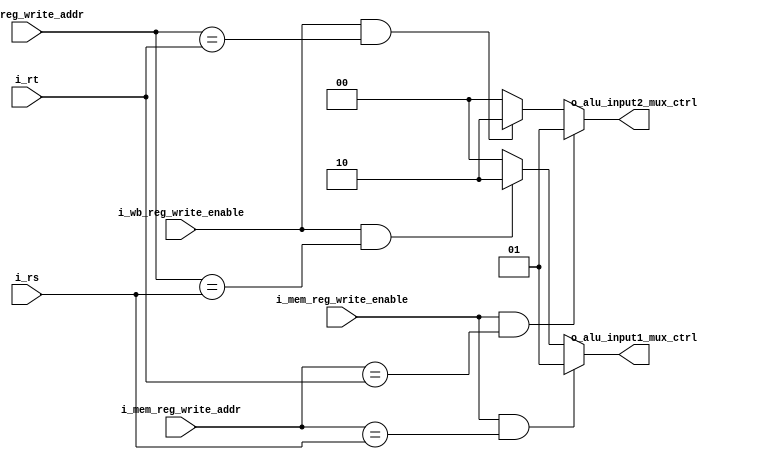
`timescale 1ns / 1ps
//////////////////////////////////////////////////////////////////////////////////
// Company: 
// Engineer: 
// 
// Design Name: 
// Module Name: forward_unit
// Project Name: 
// Target Devices: 
// Tool Versions: 
// Description: 
// 
// Dependencies: 
// 
// Revision:
// Revision 0.01 - File Created
// Additional Comments:
// 
//////////////////////////////////////////////////////////////////////////////////


module forward_unit (
    input wire i_mem_reg_write_enable,
    input wire i_wb_reg_write_enable,
    input wire [4:0] i_mem_reg_write_addr,
    input wire [4:0] i_wb_reg_write_addr,
    input wire [4:0] i_rs,
    input wire [4:0] i_rt,

    output wire [1:0] o_alu_input1_mux_ctrl,
    output wire [1:0] o_alu_input2_mux_ctrl
);
  assign o_alu_input1_mux_ctrl =
    (i_mem_reg_write_enable && i_mem_reg_write_addr == i_rs) ? 2'b01 :
    (i_wb_reg_write_enable && i_wb_reg_write_addr == i_rs) ? 2'b10 :
    2'b00;

  assign o_alu_input2_mux_ctrl =
    (i_mem_reg_write_enable && i_mem_reg_write_addr == i_rt) ? 2'b01 :
    (i_wb_reg_write_enable && i_wb_reg_write_addr == i_rt) ? 2'b10 :
    2'b00;
endmodule

module ID_forword_unit (
    input wire i_ex_reg_write_enable,
    input wire i_mem_reg_write_enable,
    input wire i_wb_reg_write_enable,
    input wire [4:0] i_ex_reg_write_addr,
    input wire [4:0] i_mem_reg_write_addr,
    input wire [4:0] i_wb_reg_write_addr,
    input wire [4:0] i_rs,
    input wire [4:0] i_rt,

    output wire [1:0] o_npc_input1_mux_ctrl,
    output wire [1:0] o_npc_input2_mux_ctrl
);
  assign o_npc_input1_mux_ctrl =
    (i_ex_reg_write_enable && i_ex_reg_write_addr == i_rs) ? 2'b01 :
    (i_mem_reg_write_enable && i_mem_reg_write_addr == i_rs) ? 2'b10 :
    (i_wb_reg_write_enable && i_wb_reg_write_addr == i_rs) ? 2'b11 :
    2'b00;
  
  assign o_npc_input2_mux_ctrl =
    (i_ex_reg_write_enable && i_ex_reg_write_addr == i_rt) ? 2'b01 :
    (i_mem_reg_write_enable && i_mem_reg_write_addr == i_rt) ? 2'b10 :
    (i_wb_reg_write_enable && i_wb_reg_write_addr == i_rt) ? 2'b11 :
    2'b00;
endmodule